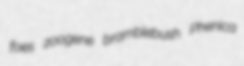
foes zoogene bramblebush Phenica